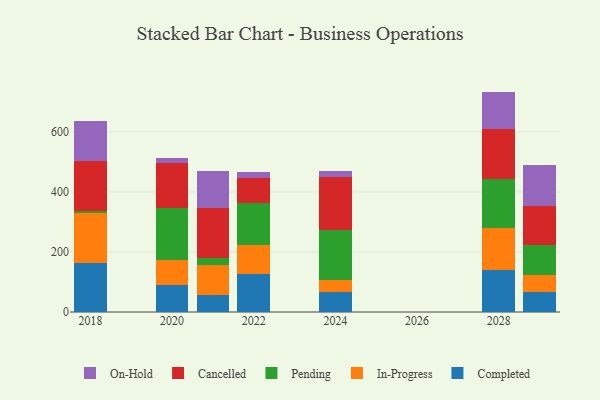
{"axis": {"x": "Year", "y": "Temperature (°C)"}, "legend": ["Cancelled", "Completed", "In-Progress", "On-Hold", "Pending"], "data": [{"x": "2029", "y": 65.1, "type": "Completed"}, {"x": "2029", "y": 57.4, "type": "In-Progress"}, {"x": "2029", "y": 102.0, "type": "Pending"}, {"x": "2029", "y": 128.7, "type": "Cancelled"}, {"x": "2029", "y": 135.9, "type": "On-Hold"}, {"x": "2018", "y": 162.5, "type": "Completed"}, {"x": "2018", "y": 166.2, "type": "In-Progress"}, {"x": "2018", "y": 7.5, "type": "Pending"}, {"x": "2018", "y": 167.0, "type": "Cancelled"}, {"x": "2018", "y": 133.2, "type": "On-Hold"}, {"x": "2024", "y": 67.3, "type": "Completed"}, {"x": "2024", "y": 37.9, "type": "In-Progress"}, {"x": "2024", "y": 167.2, "type": "Pending"}, {"x": "2024", "y": 177.5, "type": "Cancelled"}, {"x": "2024", "y": 19.5, "type": "On-Hold"}, {"x": "2022", "y": 128.2, "type": "Completed"}, {"x": "2022", "y": 94.5, "type": "In-Progress"}, {"x": "2022", "y": 139.4, "type": "Pending"}, {"x": "2022", "y": 83.2, "type": "Cancelled"}, {"x": "2022", "y": 19.9, "type": "On-Hold"}, {"x": "2020", "y": 90.4, "type": "Completed"}, {"x": "2020", "y": 81.8, "type": "In-Progress"}, {"x": "2020", "y": 173.1, "type": "Pending"}, {"x": "2020", "y": 150.2, "type": "Cancelled"}, {"x": "2020", "y": 16.6, "type": "On-Hold"}, {"x": "2028", "y": 140.6, "type": "Completed"}, {"x": "2028", "y": 137.6, "type": "In-Progress"}, {"x": "2028", "y": 166.1, "type": "Pending"}, {"x": "2028", "y": 165.8, "type": "Cancelled"}, {"x": "2028", "y": 124.0, "type": "On-Hold"}, {"x": "2021", "y": 55.5, "type": "Completed"}, {"x": "2021", "y": 100.5, "type": "In-Progress"}, {"x": "2021", "y": 25.0, "type": "Pending"}, {"x": "2021", "y": 164.6, "type": "Cancelled"}, {"x": "2021", "y": 124.1, "type": "On-Hold"}]}